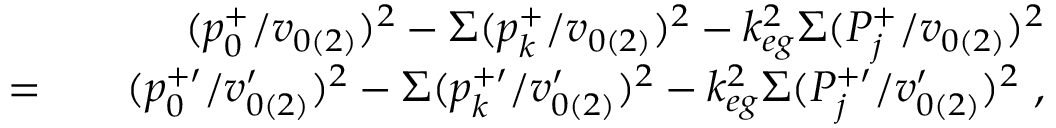
\begin{array} { r l r } & { } & { ( p _ { 0 } ^ { + } / v _ { 0 ( 2 ) } ) ^ { 2 } - \Sigma ( p _ { k } ^ { + } / v _ { 0 ( 2 ) } ) ^ { 2 } - k _ { e g } ^ { 2 } \Sigma ( P _ { j } ^ { + } / v _ { 0 ( 2 ) } ) ^ { 2 } } \\ { = } & { } & { ( p _ { 0 } ^ { + \prime } / v _ { 0 ( 2 ) } ^ { \prime } ) ^ { 2 } - \Sigma ( p _ { k } ^ { + \prime } / v _ { 0 ( 2 ) } ^ { \prime } ) ^ { 2 } - k _ { e g } ^ { 2 } \Sigma ( P _ { j } ^ { + \prime } / v _ { 0 ( 2 ) } ^ { \prime } ) ^ { 2 } ~ , } \end{array}